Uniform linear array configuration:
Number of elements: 8
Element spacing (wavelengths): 0.5
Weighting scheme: exponential
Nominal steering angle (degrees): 0
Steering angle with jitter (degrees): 0.5598
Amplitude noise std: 0.05
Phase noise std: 0.05

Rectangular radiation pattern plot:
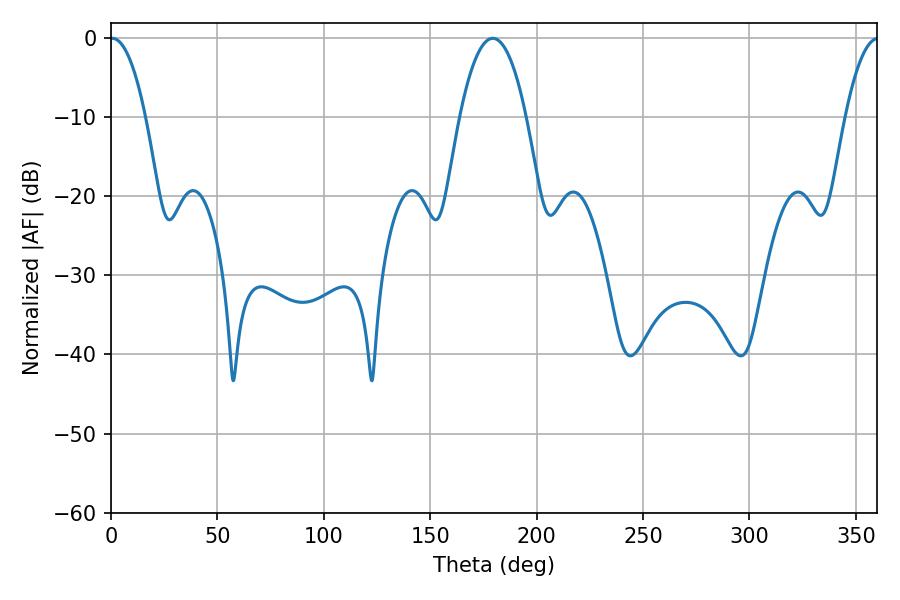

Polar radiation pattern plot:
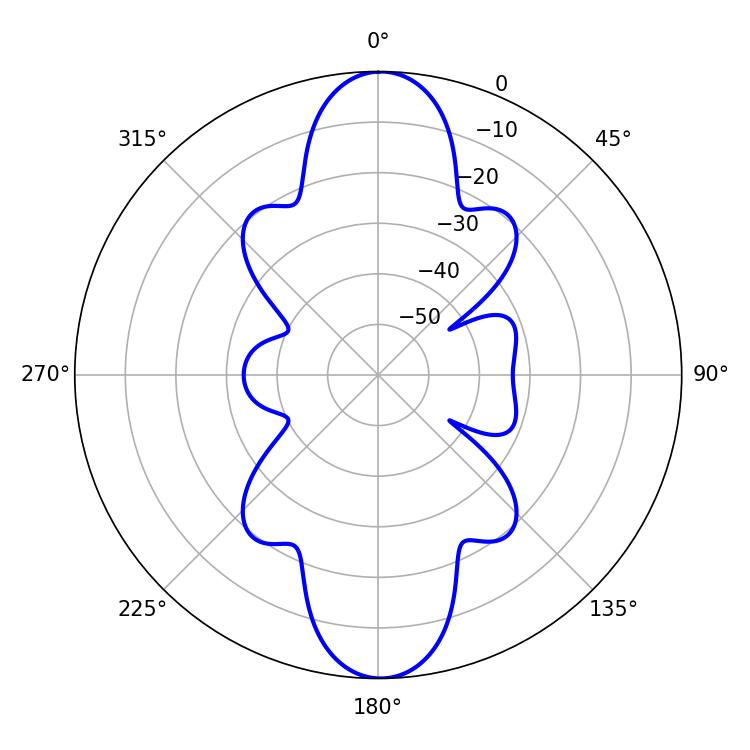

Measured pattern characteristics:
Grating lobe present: FALSE
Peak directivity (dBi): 24.809
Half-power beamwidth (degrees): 9.18
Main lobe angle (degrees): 0.54